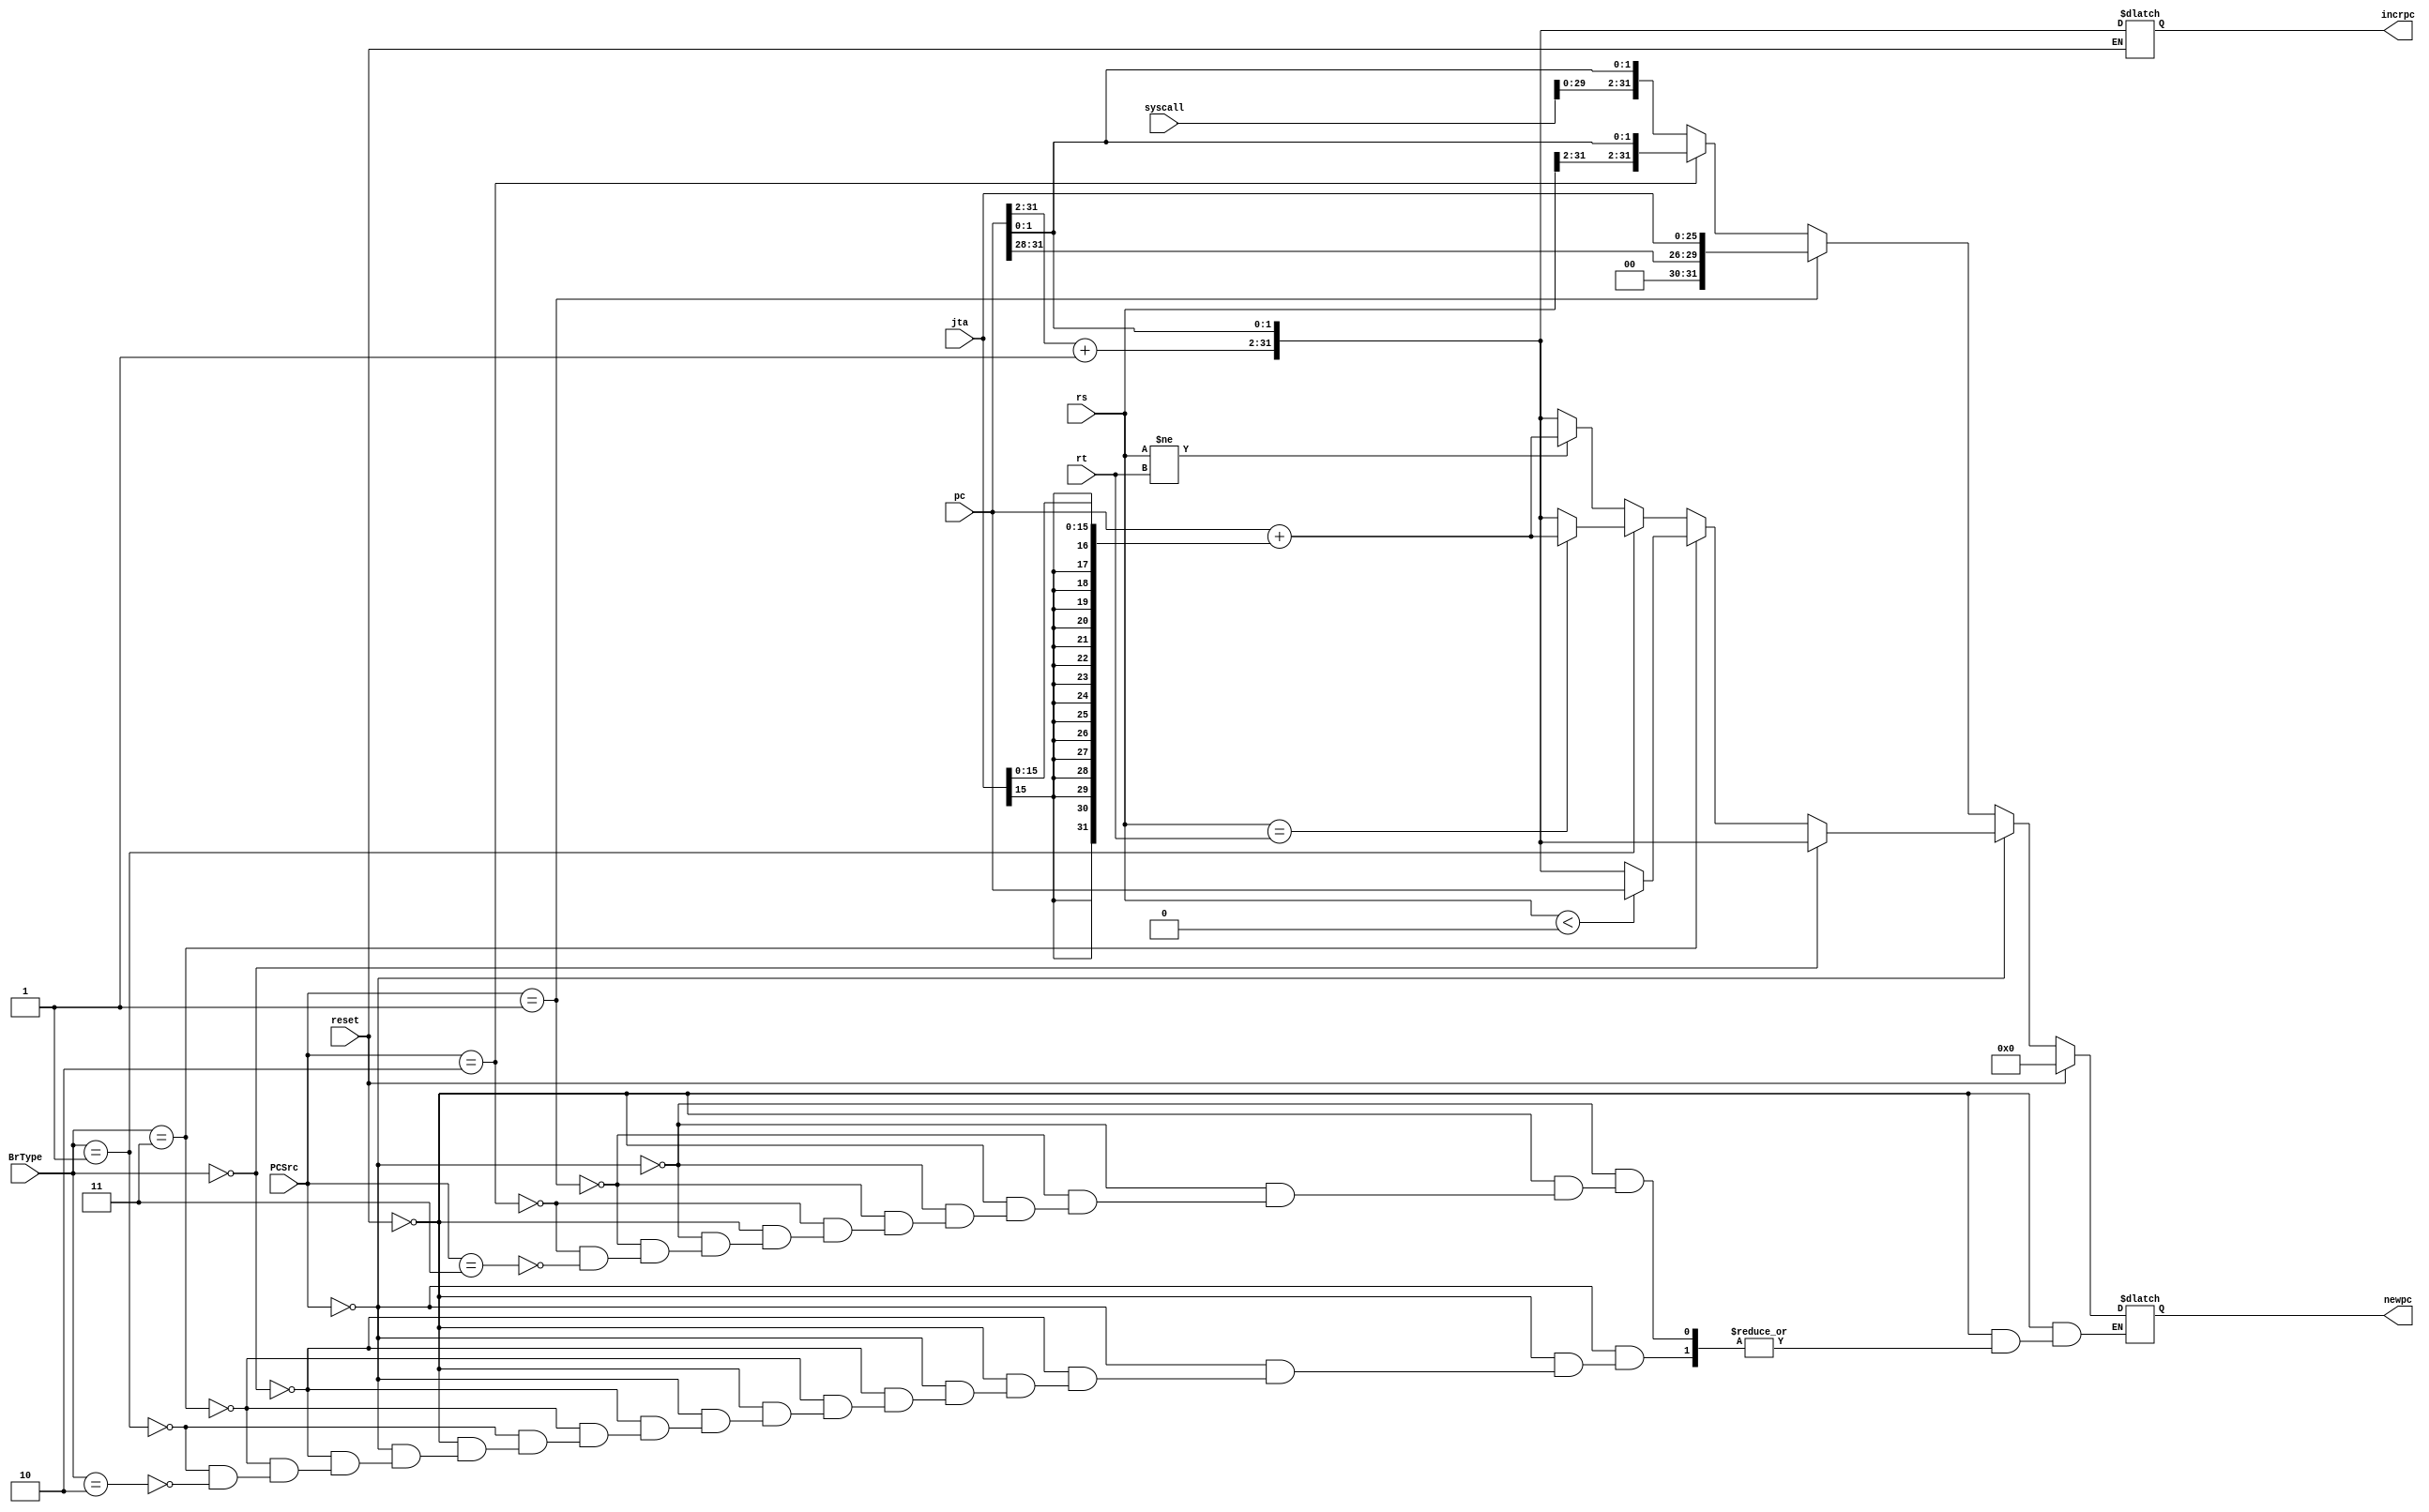
module nextInstrc(reset,pc,BrType,rs,rt,jta,PCSrc,syscall,newpc,incrpc);


//input [4:0] rs,rt;                    // rs and rt registers
input reset;
input [1:0] BrType, PCSrc;
input [31:0] pc;
input [25:0]jta;
input [31:0]syscall;
input [31:0] rs,rt;                    // value stored in rs,rt

output reg [31:0] newpc;
output reg [31:0]incrpc;

reg [29:0]temppc32;
reg [29:0]Pc32;
reg [29:0]tempincrpc;

reg sign;
reg [15:0]signextend;
 

always @(*)
begin

if (reset==1'b1)
begin
newpc=32'b0;
end

else
begin

Pc32=pc[31:2];
tempincrpc=Pc32+1;
incrpc={tempincrpc,pc[1:0]};

	if (PCSrc==2'b00)
	begin
	
		if (BrType==2'b00)
		begin
			temppc32=Pc32+1;
			newpc={temppc32,pc[1:0]};
		end

		else if (BrType==2'b11)
		begin

			if (rs<0)
			begin
			sign=jta[15];
			signextend={sign,sign,sign,sign,sign,sign,sign,sign,sign,sign,sign,sign,sign,sign,sign,sign};
			temppc32=pc+{signextend,jta[15:0]};
		
			newpc={Pc32,pc[1:0]};
		
			end
			
			else
			begin
			//newpc=pc32+1;
			temppc32=Pc32+1;
			newpc={temppc32,pc[1:0]};
			end
			
		end
		
		else if (BrType==2'b01)
		begin

			if (rs==rt)
			begin
			sign=jta[15];
			signextend={sign,sign,sign,sign,sign,sign,sign,sign,sign,sign,sign,sign,sign,sign,sign,sign};
			//newpc=pc+{signextend,jta[15:0]};
			newpc=pc+{signextend,jta[15:0]};
			//newpc={Pc32,pc[1:0]};
			end
			
			else
			//newpc=Pc32+1;
			begin
			temppc32=Pc32+1;
			newpc={temppc32,pc[1:0]};
			end
			
		end

		else if (BrType==2'b10)
		begin

			if (rs!=rt)
			begin
			sign=jta[15];
			signextend={sign,sign,sign,sign,sign,sign,sign,sign,sign,sign,sign,sign,sign,sign,sign,sign};
			//newpc=pc+{signextend,jta[15:0]};	
			newpc=pc+{signextend,jta[15:0]};
			//newpc={temppc32,pc[1:0]};
			end
	
			else
			//newpc=Pc32+1;
			begin
			temppc32=Pc32+1;
			newpc={temppc32,pc[1:0]};
			end
		end
	end

	else if (PCSrc==2'b01)
	begin
		//newpc={pc[31:28],jta};
		newpc={pc[31:28],jta};
		//newpc={Pc32,pc[1:0]};
	end

	else if (PCSrc==2'b10)
	begin
		//newpc=rs;
		newpc={rs[31:2],pc[1:0]};
	end

	else if (PCSrc==2'b11)
	begin
		newpc={syscall,pc[1:0]};
	end


end

end

endmodule